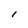
Character: I